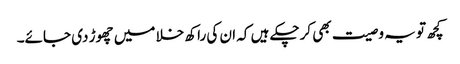
کچھ تو یہ وصیت بھی کرچکے ہیں کہ ان کی راکھ خلا میں چھوڑ دی جائے۔